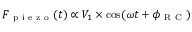
F _ { \mathrm { ~ p ~ i ~ e ~ z ~ o ~ } } ( t ) \propto V _ { 1 } \times \cos ( \omega t + \phi _ { \mathrm { ~ R ~ C ~ } } )